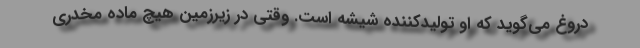
دروغ می‌گوید که او تولیدکننده شیشه است. وقتی در زیرزمین هیچ ماده مخدری